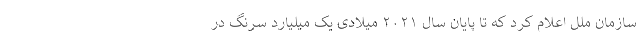
سازمان ملل اعلام کرد که تا پایان سال ۲۰۲۱ میلادی یک میلیارد سرنگ در